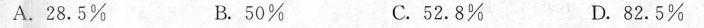
A.28.5% B.50% C.52.8% D.82.5%